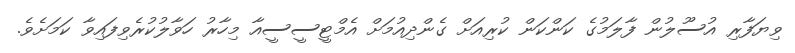
ވިޔަފާރި އުސޫލުން ފާލަމުގެ ކަންކަން ކުރިއަށް ގެންދިއުމަށް އެމްޓީސީސީއާ މިހާރު ހަވާލުކުރެވިފައިވާ ކަމަށެވެ.